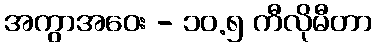
အကွာအဝေး - ၁၀.၅ ကီလိုမီတာ